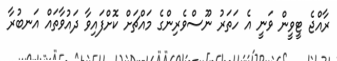
ރާއްޖެ ޓީވީން ވަނީ އެ ހަތަރު ނޫސްވެރިންގެ މައްޗަށް ކޮށްފައިވާ ދައުވާތައް އަނބުރާ